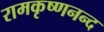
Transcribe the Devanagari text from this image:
रामकृष्णनन्द